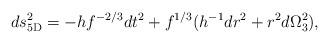
LaTeX: \begin{align*}ds_{\rm 5D}^2= - h f^{-2/3}dt^2 + f^{1/3}( h^{-1} dr^2 + r^2 d\Omega_3^2),\end{align*}